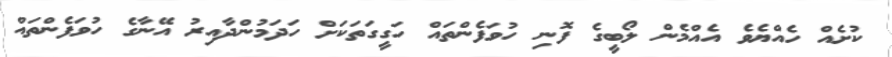
ކުށެއް ހެއްޔެވެ އެއްމެން ލޯބީގެ ފޮނި ހުވަފެންތައް ހަގީގަތަކަށް ހަދަމުންދާއިރު އޭނާގެ ހުވަފެންތައް